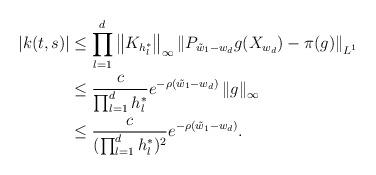
LaTeX: \begin{align*}|k(t , s)| & \le \prod_{l = 1}^d \left \| K_{h_l^*} \right \|_{\infty} \left \| P_{\tilde{w}_1- w_d}g(X_{w_d}) - \pi(g) \right \|_{L^1} \\& \le \frac{c}{\prod_{l = 1}^d h_l^*} e^{- \rho (\tilde{w}_1- w_d)} \left \|g \right \|_\infty \\& \le \frac{c}{(\prod_{l = 1}^d h_l^*)^2} e^{- \rho (\tilde{w}_1- w_d)}. \end{align*}